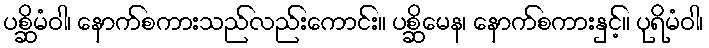
ပစ္ဆိမံဝါ၊ နောက်စကားသည်လည်းကောင်း။ ပစ္ဆိမေန၊ နောက်စကားနှင့်။ ပုရိမံဝါ၊